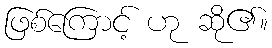
ဖြစ်ကြောင့် ဟု ဆို၏။